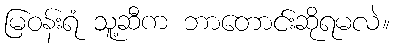
မြဝန်းရံ သူ့ဆီက ဘာတောင်းဆိုရမလဲ။